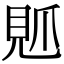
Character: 𧠘